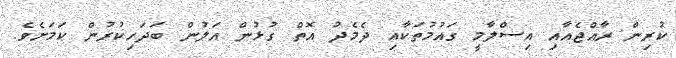
ކުރިން ރާއްޖެއާއި އިސްލާމީ ގައުމުތަކާއި ދެމެދު އޮތް ގުޅުން އަލުން ބަދަހިކުރުން ކަމަށެވެ.